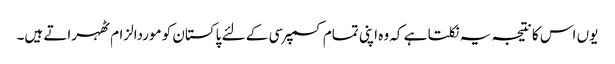
یوں اس کا نتیجہ یہ نکلتا ہے کہ وہ اپنی تمام کسمپرسی کے لئے پاکستان کو موردالزام ٹھہراتے ہیں۔